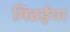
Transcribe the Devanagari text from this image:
मिठईया